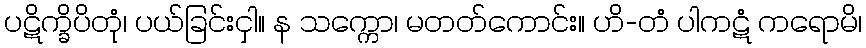
ပဋိက္ခိပိတုံ၊ ပယ်ခြင်းငှါ။ န သက္ကော၊ မတတ်ကောင်း။ ဟိ-တံ ပါကဋံ ကရောမိ၊